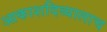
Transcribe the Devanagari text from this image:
आकाशदिव्यालाच